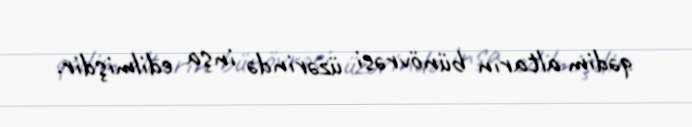
qədim altarın bünövrəsi üzərində inşa edilmişdir.